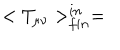
< T _ { \mu \nu } > _ { f i n } ^ { i n } =